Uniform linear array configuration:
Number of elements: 16
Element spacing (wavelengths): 0.75
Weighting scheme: hann
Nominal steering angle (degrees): -30
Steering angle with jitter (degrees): -30.249
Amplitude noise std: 0.05
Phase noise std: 0.05

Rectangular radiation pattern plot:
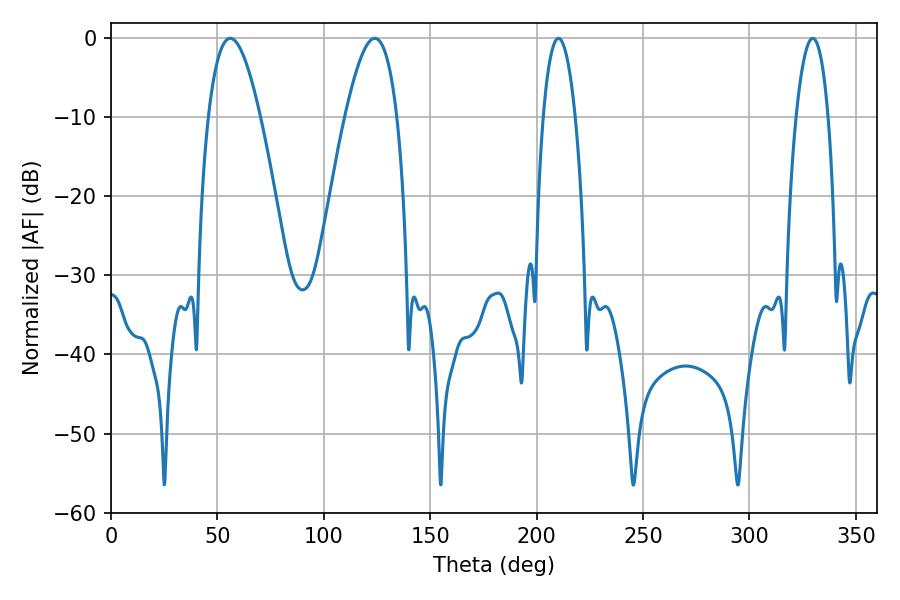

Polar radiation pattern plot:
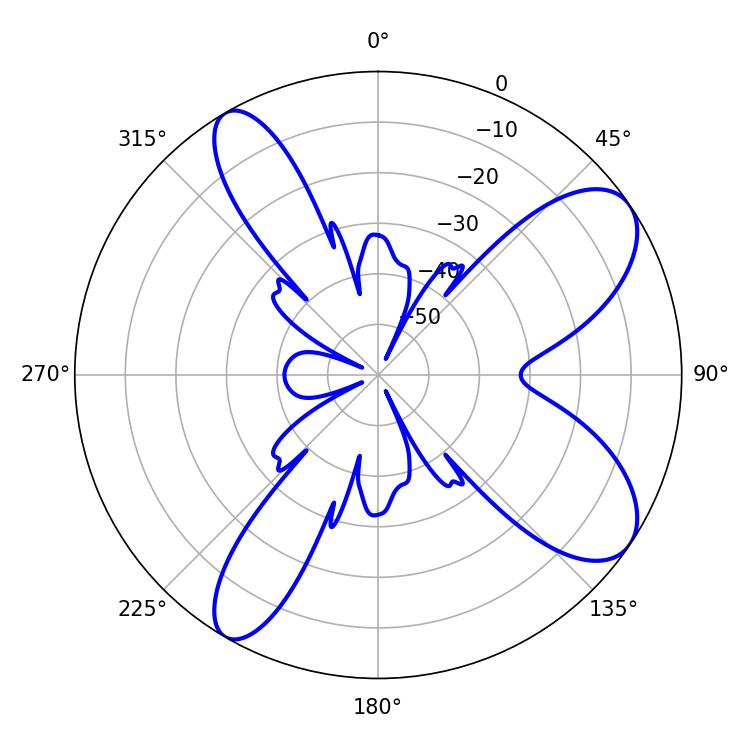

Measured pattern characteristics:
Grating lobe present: TRUE
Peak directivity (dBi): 8.841
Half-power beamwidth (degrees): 8.46
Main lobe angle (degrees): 210.24